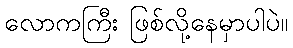
လောကကြီး ဖြစ်လို့နေမှာပါပဲ။